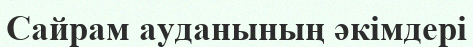
Сайрам ауданының әкімдері